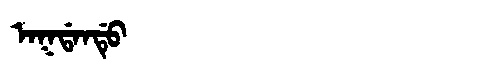
Manchu: ᠠᡴᡩᠠᠨᡩᡠ
Romanization: AKDANDU